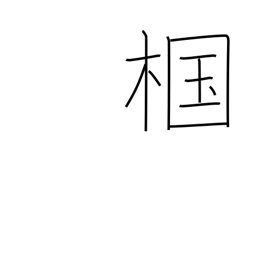
Meaning: type of oak tree